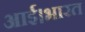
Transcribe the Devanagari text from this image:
आई।भारत